Civil Veterinary Department. Central Provinces & Berar 1925-31 - 1925-1931
Year: 1925
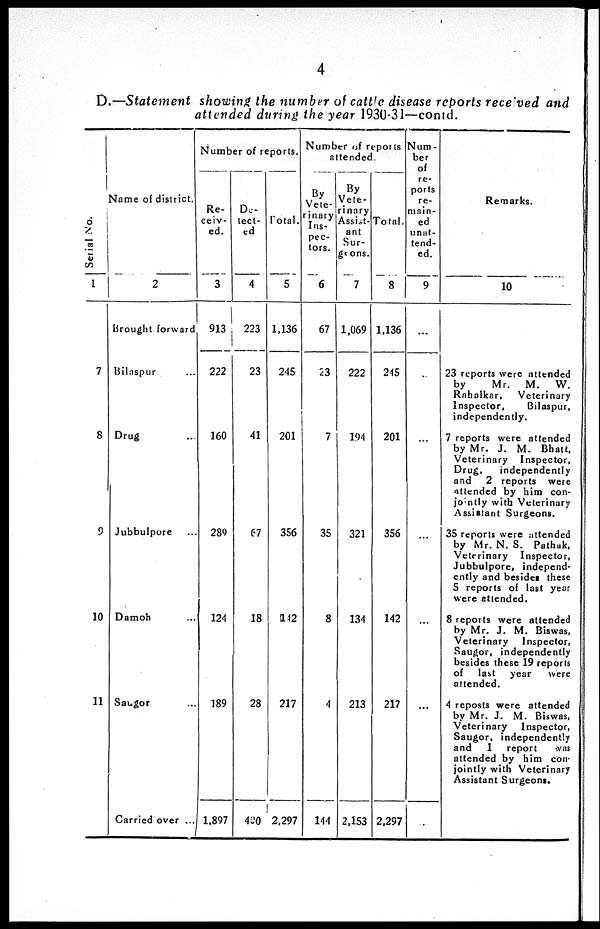
4
D.—Statement showing the number of cattle disease reports received and
attended during the year 1930-31—contd.
Serial No.
1
7
8
9
10
11
Name of district.
2
Brought forward
Bilaspur ...
Drug ...
Jubbulpore ...
Damoh ...
Saugor ...
Carried over ...
Number of reports.
Re-
ceiv-
ed.
3
913
222
160
289
124
189
1,897
De-
-ect-
ed
4
223
23
41
67
18
28
480
Total.
5
1,136
245
201
356
142
217
2,297
Number of reports
attended.
By
Vete-
rinary
Ins-
pec-
tors.
6
67
23
7
35
8
4
144
By
Vete-
rinary
Assist-
ant
Sur-
geons.
7
1,069
222
194
321
134
213
2,153
Total.
8
1,136
245
201
356
142
217
2,297
Slum-
ber
of
re-
ports
re-
main-
ed
unat-
tend-
ed.
9
...
...
...
...
...
...
...
Remarks.
10
23 reports were attended
by
Mr.
M.
W.
Rahalkar,
Veterinary
Inspector,
Bilaspur,
independently.
7 reports were attended
by Mr. J. M. Bhatt,
Veterinary Inspector,
Drug,
independently
and 2 reports were
attended by him con-
jointly with Veterinary
Assistant Surgeons.
35 reports were attended
by Mr. N. S. Pathak,
Veterinary Inspector,
Jubbulpore, independ-
ently and besides these
5 reports of last year
were attended.
8 reports were attended
by Mr. J. M. Biswas,
Veterinary Inspector,
Saugor, independently
besides these 19 reports
of last year
were
attended.
4 reposts were attended
by Mr. J. M. Biswas,
Veterinary
Inspector,
Saugor, independently
and 1 report
was
attended by him con-
jointly with Veterinary
Assistant Surgeons.